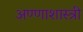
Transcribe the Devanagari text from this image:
अण्णाशास्त्री